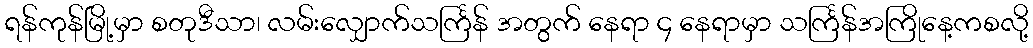
ရန်ကုန်မြို့မှာ စတုဒီသာ၊ လမ်းလျှောက်သင်္ကြန် အတွက် နေရာ ၄ နေရာမှာ သင်္ကြန်အကြိုနေ့ကစလို့